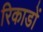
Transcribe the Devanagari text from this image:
रिकाडों